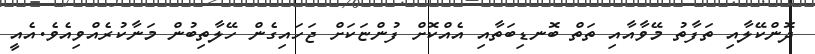
ދޮންކޭލާއި ތަފާތު މޭވާއާއި ތަތް ބޮނޑިބަތާއި އެއްކޮށް ފުންޏަކަށް ޖަހައިގެން ހޭލާތިބުން މަނާކުރެއްވިއެވެ.އެއީ